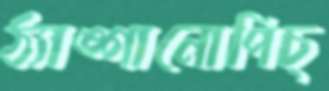
ঠ্যাঙ্গানোপিচ্